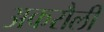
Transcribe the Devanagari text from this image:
अकरौली